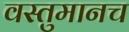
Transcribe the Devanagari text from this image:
वस्तुमानच